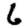
Digit: 6